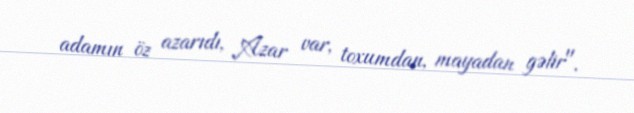
adamın öz azarıdı, Azar var, toxumdan, mayadan gəlir".